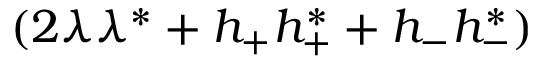
( 2 \lambda \lambda ^ { * } + h _ { + } h _ { + } ^ { * } + h _ { - } h _ { - } ^ { * } )